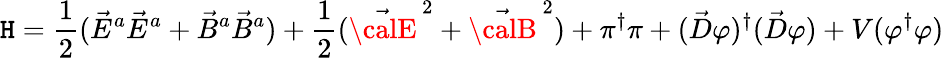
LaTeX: {\cal\mathtt{H}}=\frac{{1}}{{2}}(\vec{{E}}^{a}\vec{{E}}^{a}+\vec{{B}}^{a}\vec{{B}}^{a})+\frac{{1}}{{2}}(\vec{{\calE}}^{\, 2}+\vec{{\calB}}^{\, 2})+\pi^{\dagger}\pi+(\vec{{D}}\varphi)^{\dagger}(\vec{{D}}\varphi)+V(\varphi^{\dagger}\varphi)